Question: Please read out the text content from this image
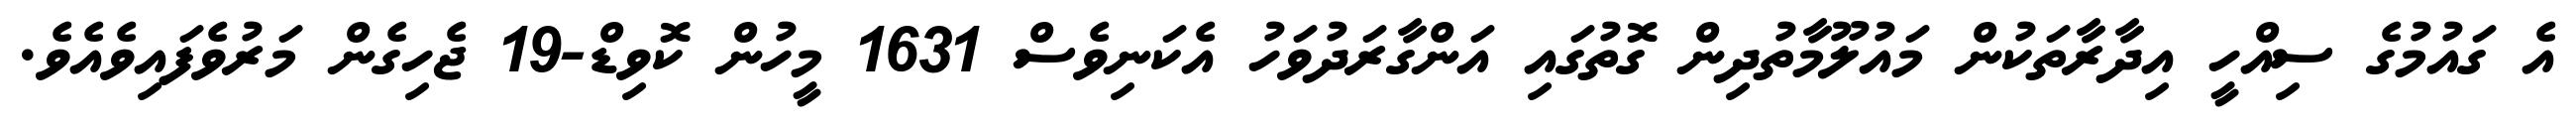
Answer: އެ ގައުމުގެ ސިއްހީ އިދާރާތަކުން މައުލޫމާތުދިން ގޮތުގައި އަންގާރަދުވަހު އެކަނިވެސް 1631 މީހުން ކޮވިޑް-19 ޖެހިގެން މަރުވެފައިވެއެވެ.